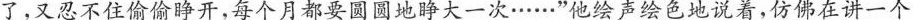
了，又忍不住偷偷睁开，每个月都要圆圆地睁大一次……”他绘声绘色地说着，仿佛在讲一个